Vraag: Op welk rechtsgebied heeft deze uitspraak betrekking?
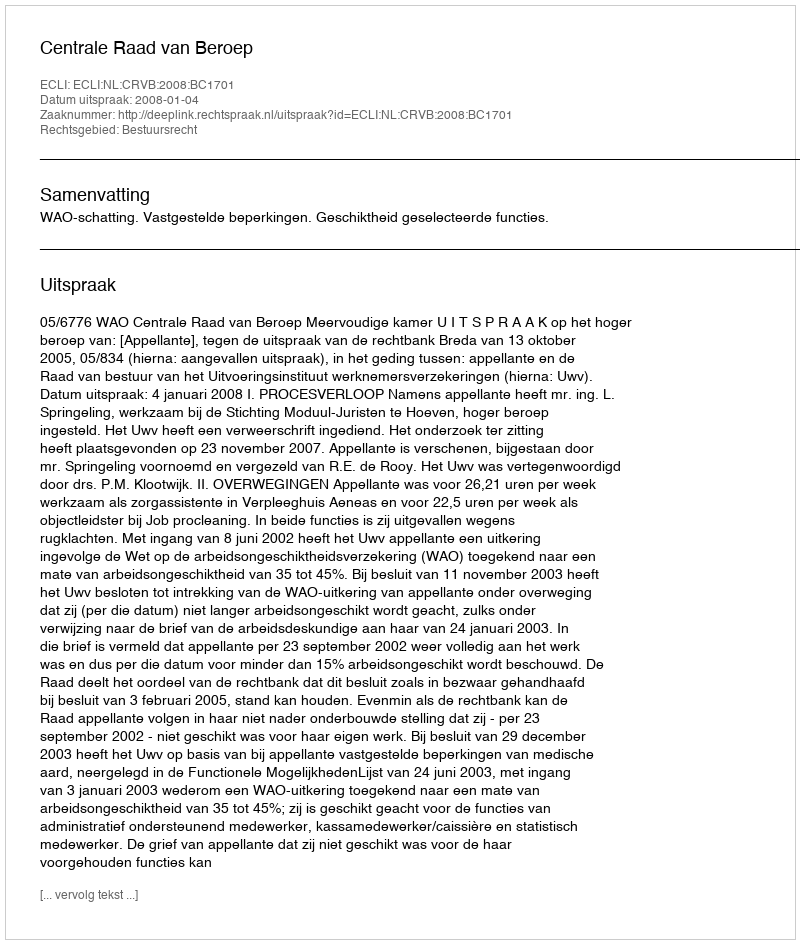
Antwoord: Bestuursrecht